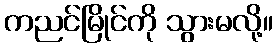
ကညင်မြိုင်ကို သွားမလို့။